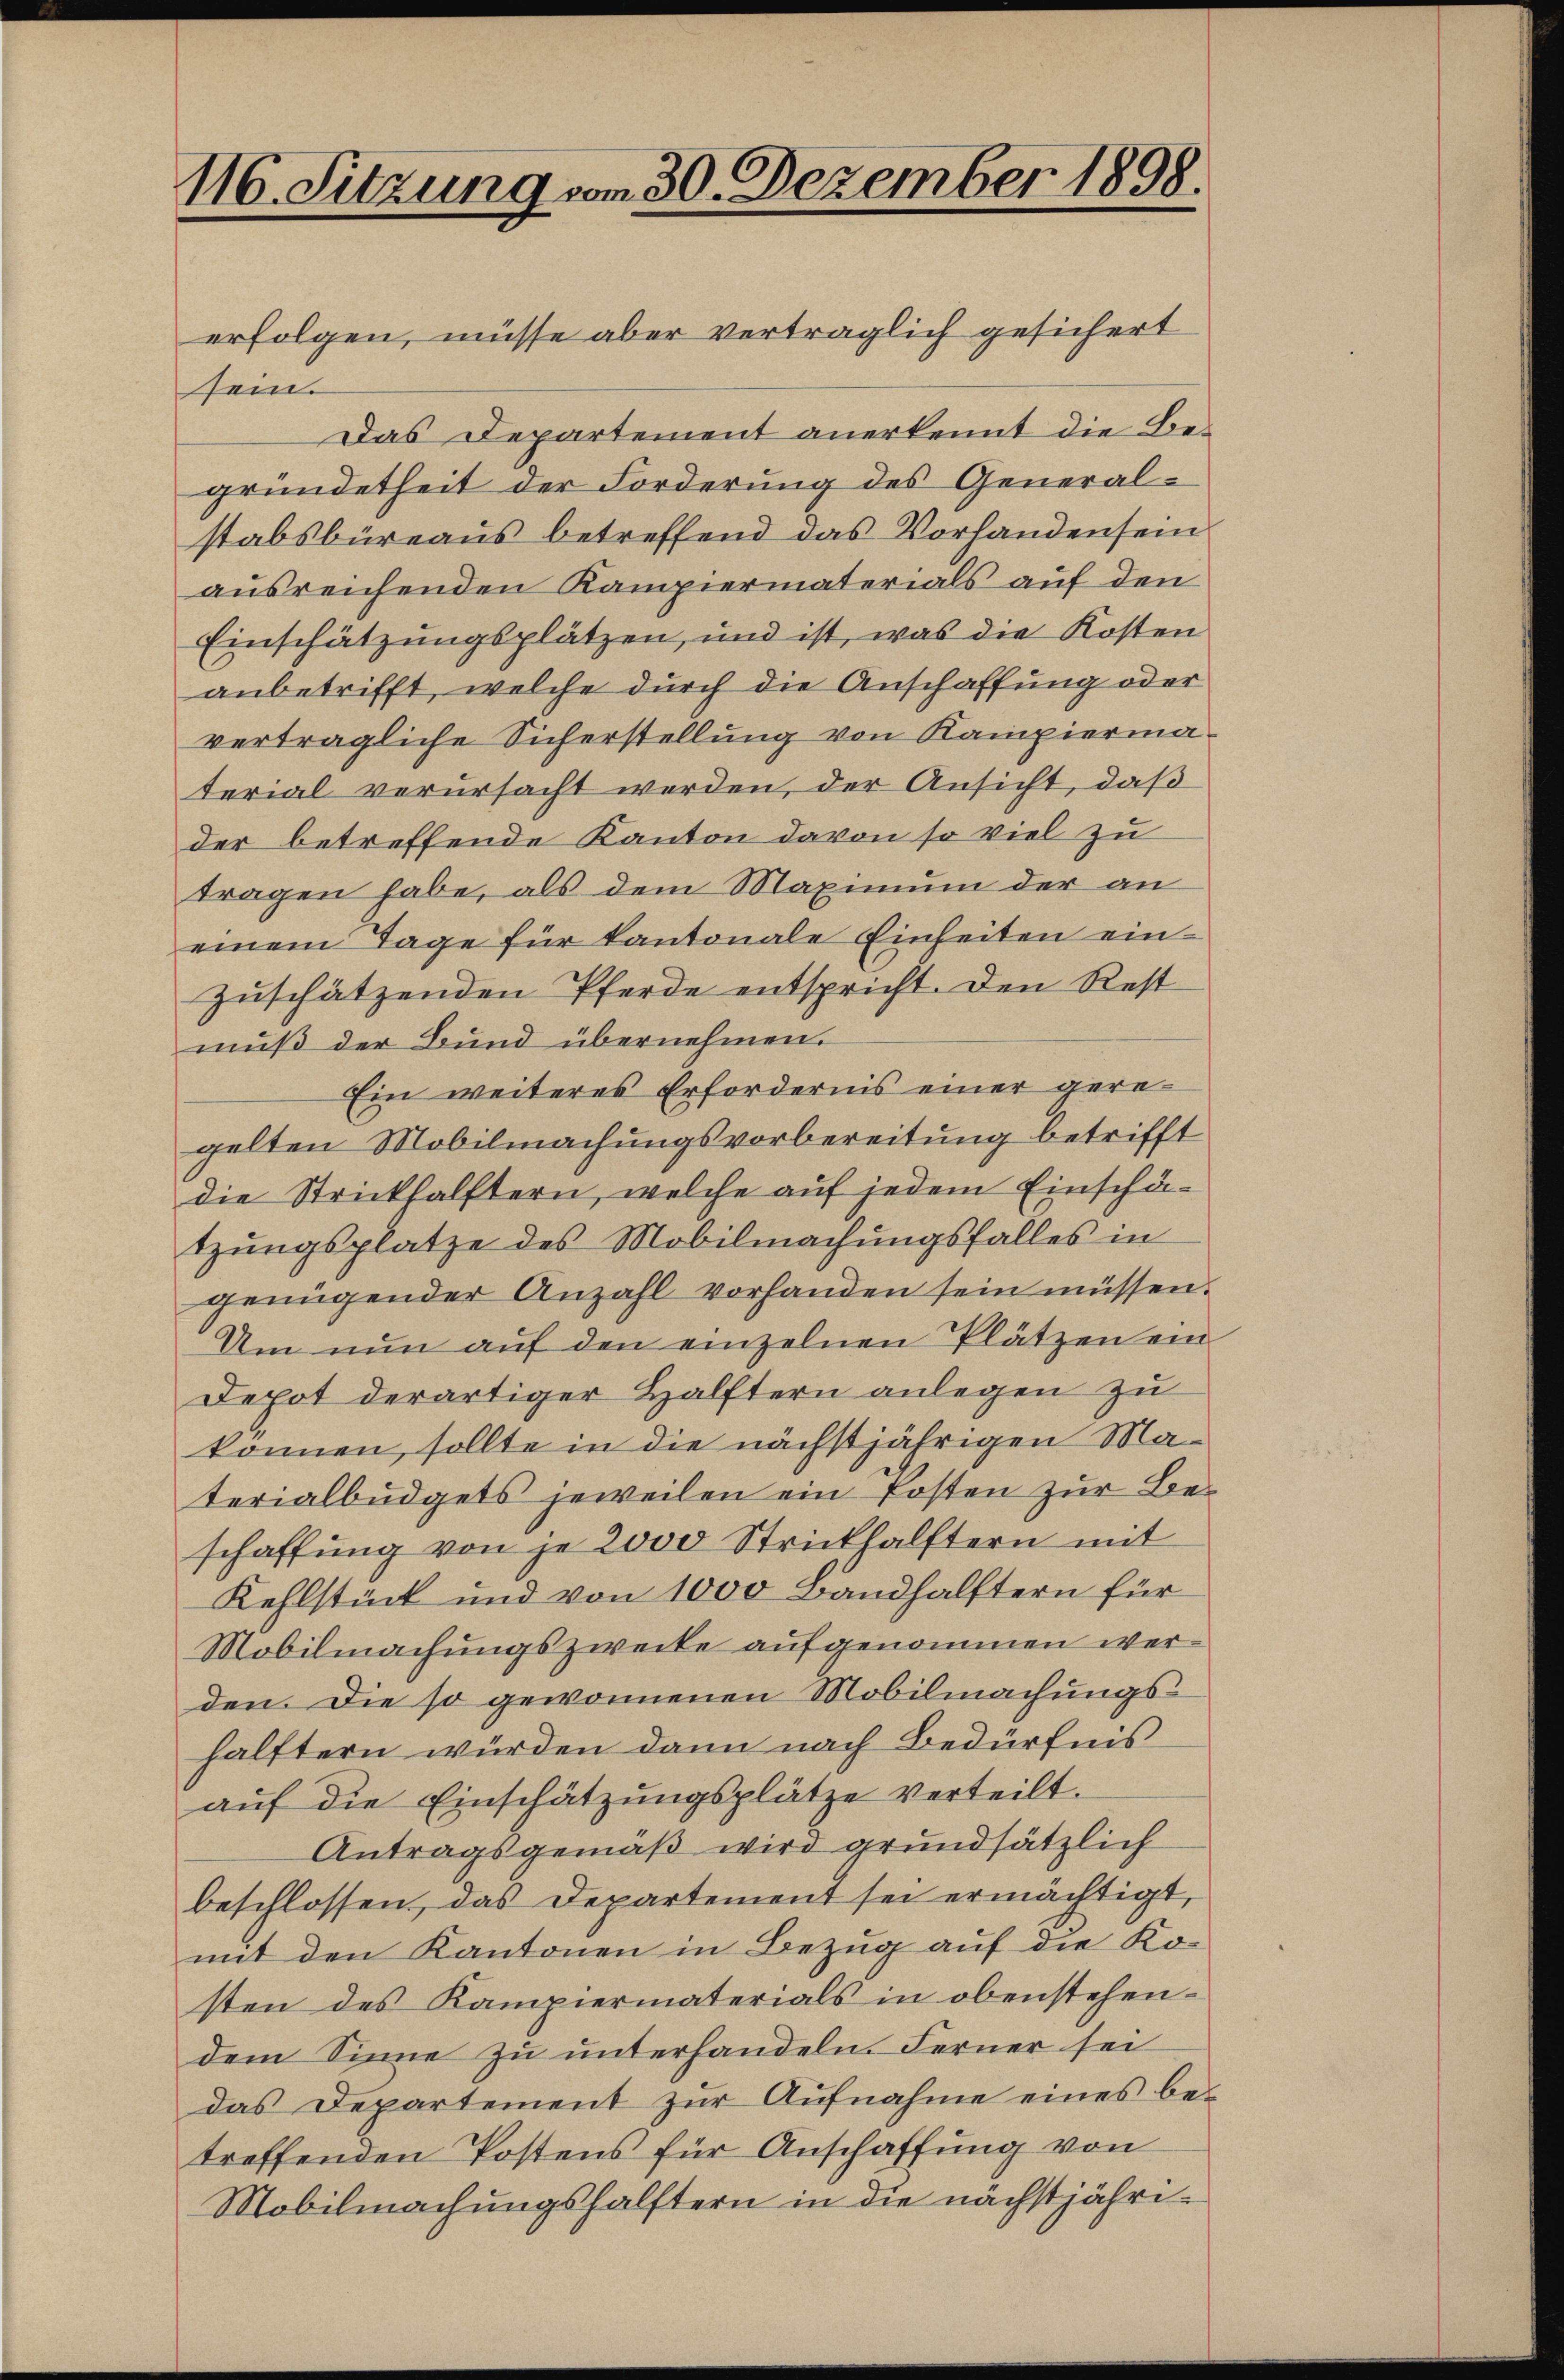
116. Sitzung vom 30. Dezember 1898.

erfolgen, müsse aber verträglich gesichert
sein.
Das Departement anerkennt die Begründetheit der Forderung des Generalstabsbüreaus betreffend das Vorhanden sein
ausreichenden Kampiermaterials auf den
Einschätzungsplätzen, und ist, was die Kosten
anbetrifft, welche durch die Anschaffung oder
vertragliche Sicherstellung von Kampierma
terial verursacht werden, der Ansicht, daß
der betreffende Kanton davon so viel zu
tragen habe, als dem Maximum der an
einem Tage für kantonale Einheiten ein
zuschätzenden Pferde entspricht. Den Rest
muß der Bund übernehmen.
Ein weiteres Erfordernis einer geregelten Mobilmachungsvorbereitung betrifft
die Strickhälftern, welche auf jedem Einschä-
tzŭngsplatze des Mobilmachŭngsfalles in
genügender Anzahl vorhanden sein müssen.
Um nun auf den einzelnen Plätzen ein
Depot derartiger Hälftern anlegen zu
können, sollte in die nächstjährigen Materialbüdgets jeweilen ein Posten zur Beschaffung von je 2000 Strickhälftern mit
Kehlstück und von 1000 Bandhälftern für
Mobilmachungszwecke aufgenommen werden. Die so gewonnenen Mobilmachungshälftern würden dann nach Bedürfnis
aŭf die Einschätzungsplätze verteilt.
Antragsgemäß wird grundsätzlich
beschlossen, das Departement sei ermächtigt,
mit den Kantonen in Bezug auf die Kosten des Kampiermaterials in obenstehendem Sinne zu unterhandeln. Ferner sei
das Departement zŭr Aŭfnahme eines be-
treffenden Postens für Anschaffung von
Mobilmachungshälftern in die nächstjähri¬